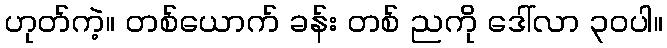
ဟုတ်ကဲ့။ တစ်ယောက် ခန်း တစ် ညကို ဒေါ်လာ ၃၀ပါ။